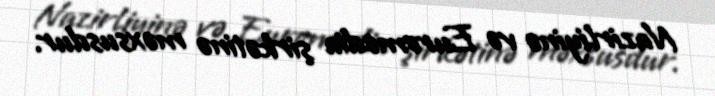
Nazirliyinə və Euromedia şirkətinə məxsusdur.